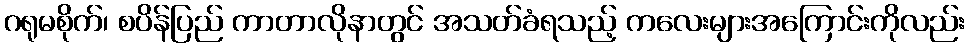
ဂရုမစိုက်၊ စပိန်ပြည် ကာတာလိုနာတွင် အသတ်ခံရသည့် ကလေးများအကြောင်းကိုလည်း